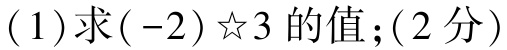
$(1)$求$(-2)\ ☆\ 3$的值；$(2$分$)$